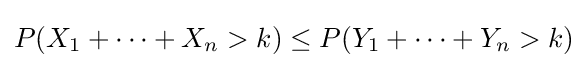
P(X_{1}+\cdots +X_{n}>k)\leq P(Y_{1}+\cdots +Y_{n}>k)